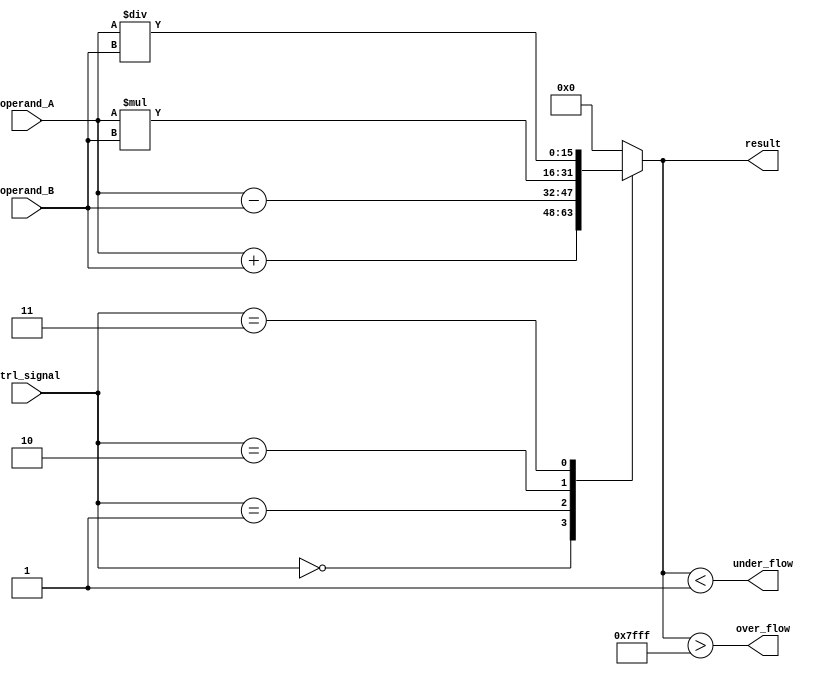
module HalfPrecisionFPU (
   input [15:0] operand_A,
   input [15:0] operand_B,
   input [2:0] ctrl_signal,
   output [15:0] result,
   output over_flow,
   output under_flow
);

   // Adder
   wire [15:0] sum;
   assign sum = operand_A + operand_B;

   // Subtractor
   wire [15:0] difference;
   assign difference = operand_A - operand_B;

   // Multiplier
   wire [15:0] product;
   assign product = operand_A * operand_B;

   // Divider
   wire [15:0] quotient;
   assign quotient = operand_A / operand_B;

   // Rounding, normalization, special cases handling logic

   // Output result based on ctrl_signal
   always @ (ctrl_signal)
   begin
      case (ctrl_signal)
         3'b000: result = sum;
         3'b001: result = difference;
         3'b010: result = product;
         3'b011: result = quotient;
         default: result = 16'b0; // Default case
      endcase
   end
  
   // Check for overflow
   assign over_flow = (result > 16'h7FFF);

   // Check for underflow
   assign under_flow = (result < 16'h0001);

endmodule